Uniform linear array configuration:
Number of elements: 16
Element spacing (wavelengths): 0.25
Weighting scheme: binomial
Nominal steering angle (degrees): -45
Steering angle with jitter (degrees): -45.476
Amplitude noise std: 0.05
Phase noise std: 0.05

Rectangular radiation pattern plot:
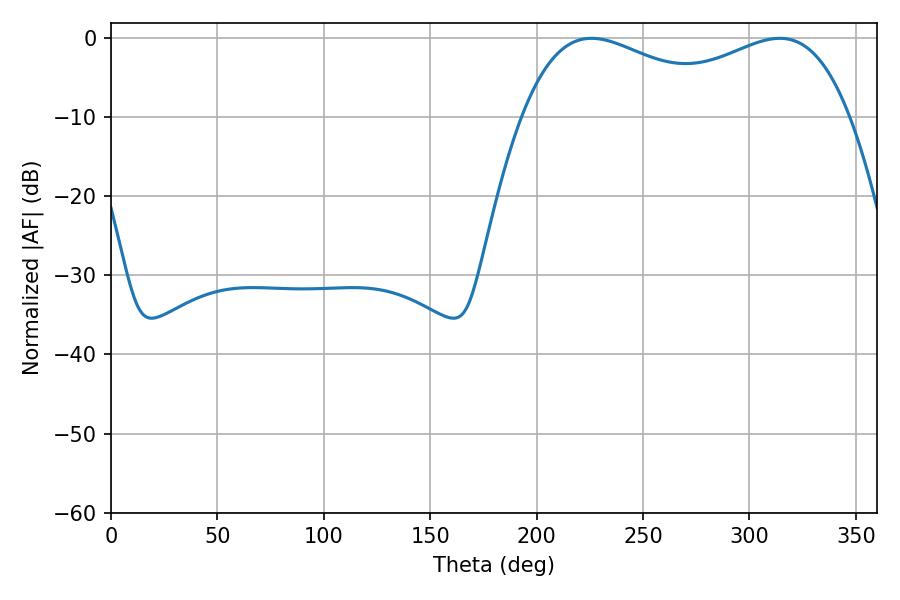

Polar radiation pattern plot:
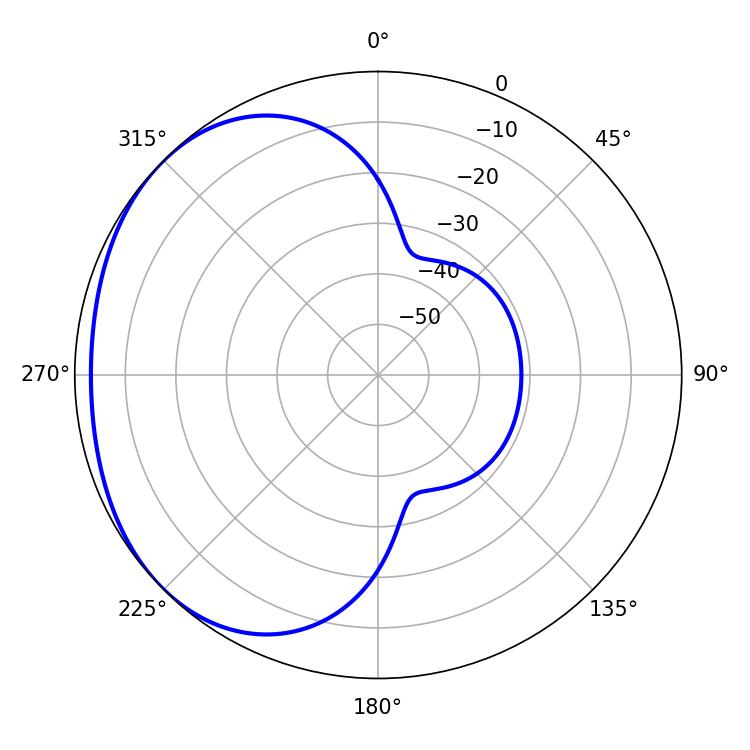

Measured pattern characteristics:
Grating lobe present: FALSE
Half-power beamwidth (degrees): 56.16
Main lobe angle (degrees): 225.72